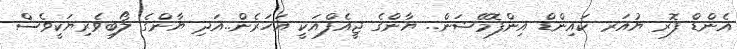
އެންޑް ފޮރ ޔުއަރ ކައިންޑް އިންފޮމޭޝަން.. ޔާންގެ ޖީއެފްއަކީ އަހަރެން..އަދި ޔާންގެ ލޯބިވެރިޔަކީވެސް